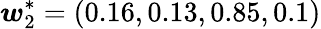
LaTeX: \boldsymbol{w}_{2}^{*}=(0.16,0.13,0.85,0.1)